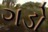
ગડો